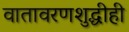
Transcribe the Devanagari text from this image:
वातावरणशुद्धीही